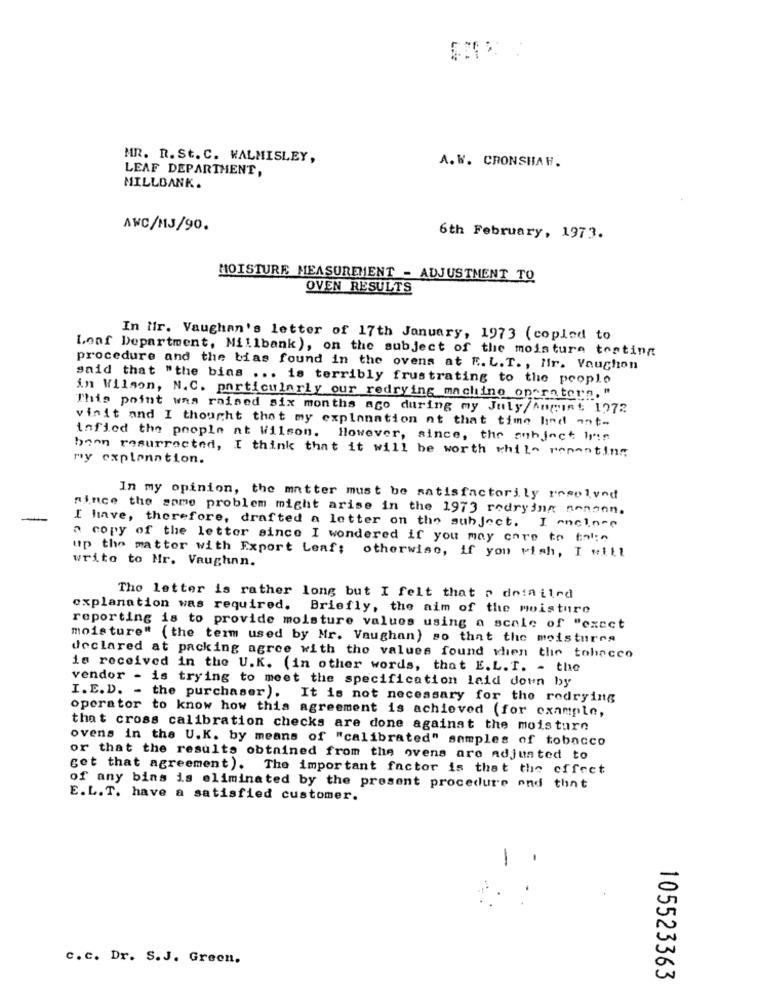
MR. R. St. C. WALMISLEY,
LEAF DEPARTMENT,
A. W. CRONSHAH.
MILLBANK.
AWC/MJ/90.
6th February, 1973.
MOISTURE MEASUREMENT - ADJUSTMENT TO
OVEN RESULTS
In Mir. Vaughan's letter of 17th January, 1973 (copied to
Lonf Department, Millbank), on the subject of the moisture testing
procedure and the bias found in the ovens at E. L. T. , Ilr. Vaughon
said that "the bias ... is terribly frustrating to the people
in Wilson, N.C. particularly our redrying machine ontrotern, "
This point was raised six months ago during my July/Anpint 1272
visit and I thought that my explanation at that time hed ant-
infied the people at Wilson. However, since, the subject Inin
bonn resurrected, I think that it will be worth while reporting
my explanation.
In my opinion, the matter must be satisfactorily resolved
since the same problem might arise in the 1973 redrying nennen.
I have, therefore, drafted a letter on the subject. I enclose
a copy of the letter since I wondered if you may care to tale
up the mattor with Export Leaf; otherwise, if you Miah, I will
write to Mr. Vaughan.
The letter is rather long but I felt that r dniailrd
explanation was required. Briefly, the aim of the moisture
reporting is to provide moisture values using a scale of "exect
moisture" (the term used by Mr. Vaughan) so that the moisturea
declared at packing agree with the values found when the tobacco
is received in the U.K. (in other words, that E. L. T. - the
vendor - is trying to meet the specification laid down by
I.E.D. - the purchaser). It is not necessary for the redrying
operator to know how this agreement is achieved (for example,
that cross calibration checks are done against the moisture
ovens in the U.K. by means of "calibrated" samples of tobacco
or that the results obtained from the ovens are adjusted to
get that agreement). The important factor is that the effect
of any bins is eliminated by the present procedure and that
E.L.T. have a satisfied customer.
-
c.c. Dr. S.J. Green.
105523363